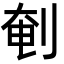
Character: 剦